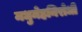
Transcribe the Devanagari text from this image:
मधुमेहनिरोधी